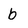
Character: b